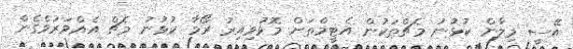
އޭސީ މިލާން ކުޅުނު މެޗްތަކުން އެޓީމްތަށް މޮޅުވިއިރު ރޯމާ ކުޅުނު މެޗް އެއްވަރުވެގެން